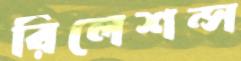
রিলেশন্স